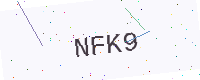
Text: NFK9